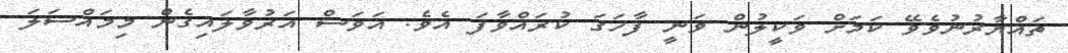
ތައްޔާރުނުވެވޭ ކަމަށް ވަކީލުން ވަނީ ފާހަގަ ކުރައްވާފަ އެވެ. އަވަސް އަރުވާލައިގެން މިމައްސަލަ